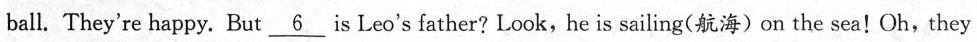
ball. They're happy. But \underline{6} is Leo's father? Look, he is sailing(航海)on the sea!Oh,they